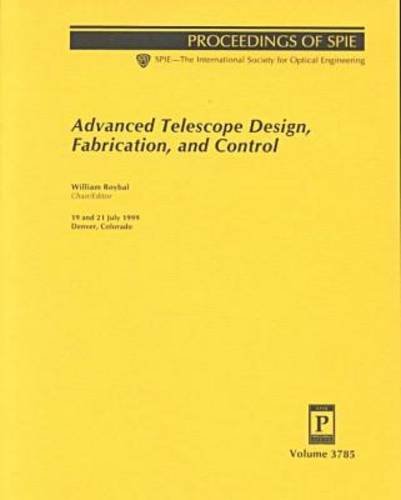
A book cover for Advanced Telescope Design, Fabrication and Control (Spie Proceedings Series,); Science & Math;